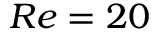
R e = 2 0